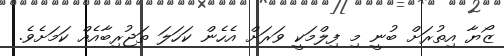
ޒޯޔާ އިތުރަށް ބުނީ މި ފިލްމަކީ ވަރަށް އެހެން ކަހަލަ ތަޖުރިބާއެއް ކަމަށެވެ.